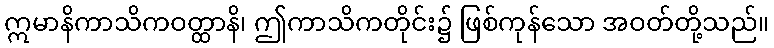
ဣမာနိကာသိကဝတ္ထာနိ၊ ဤကာသိကတိုင်း၌ ဖြစ်ကုန်သော အဝတ်တို့သည်။